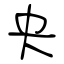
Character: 央